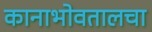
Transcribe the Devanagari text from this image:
कानाभोवतालचा